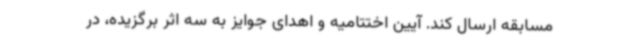
مسابقه ارسال کند. آیین اختتامیه و اهدای جوایز به سه اثر برگزیده، در